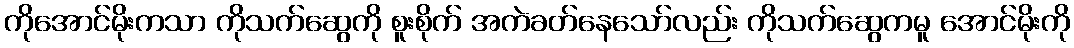
ကိုအောင်မိုးကသာ ကိုသက်ဆွေကို စူးစိုက် အကဲခတ်နေသော်လည်း ကိုသက်ဆွေကမူ အောင်မိုးကို